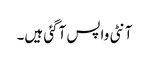
آنٹی واپس آگئی ہیں۔